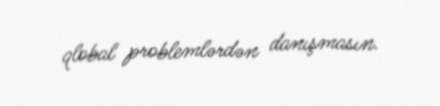
qlobal problemlərdən danışmasın.